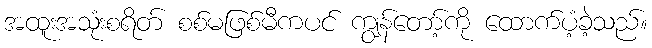
အထူးအသုံးစရိတ် စစ်မဖြစ်မီကပင် ကျွန်တော့်ကို ထောက်ပံ့ခဲ့သည်။